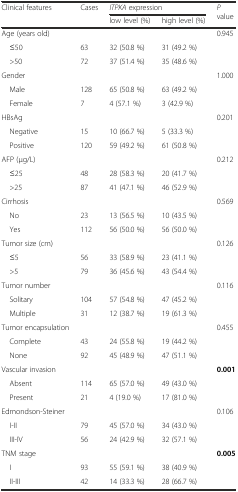
<table><thead><tr><td rowspan="2"><b>Clinical features</b></td><td rowspan="2"><b>Cases</b></td><td colspan="2"><b><i>ITPKA</i> expression</b></td><td rowspan="2"><b><i>P</i> value</b></td></tr><tr><td><b>low level (%)</b></td><td><b>high level (%)</b></td></tr></thead><tbody><tr><td>Age (years old)</td><td></td><td></td><td></td><td>0.945</td></tr><tr><td> ≤50</td><td>63</td><td>32 (50.8 %)</td><td>31 (49.2 %)</td><td></td></tr><tr><td> &gt;50</td><td>72</td><td>37 (51.4 %)</td><td>35 (48.6 %)</td><td></td></tr><tr><td>Gender</td><td></td><td></td><td></td><td>1.000</td></tr><tr><td> Male</td><td>128</td><td>65 (50.8 %)</td><td>63 (49.2 %)</td><td></td></tr><tr><td> Female</td><td>7</td><td>4 (57.1 %)</td><td>3 (42.9 %)</td><td></td></tr><tr><td>HBsAg</td><td></td><td></td><td></td><td>0.201</td></tr><tr><td> Negative</td><td>15</td><td>10 (66.7 %)</td><td>5 (33.3 %)</td><td></td></tr><tr><td> Positive</td><td>120</td><td>59 (49.2 %)</td><td>61 (50.8 %)</td><td></td></tr><tr><td>AFP (μg/L)</td><td></td><td></td><td></td><td>0.212</td></tr><tr><td> ≤25</td><td>48</td><td>28 (58.3 %)</td><td>20 (41.7 %)</td><td></td></tr><tr><td> &gt;25</td><td>87</td><td>41 (47.1 %)</td><td>46 (52.9 %)</td><td></td></tr><tr><td>Cirrhosis</td><td></td><td></td><td></td><td>0.569</td></tr><tr><td> No</td><td>23</td><td>13 (56.5 %)</td><td>10 (43.5 %)</td><td></td></tr><tr><td> Yes</td><td>112</td><td>56 (50.0 %)</td><td>56 (50.0 %)</td><td></td></tr><tr><td>Tumor size (cm)</td><td></td><td></td><td></td><td>0.126</td></tr><tr><td> ≤5</td><td>56</td><td>33 (58.9 %)</td><td>23 (41.1 %)</td><td></td></tr><tr><td> &gt;5</td><td>79</td><td>36 (45.6 %)</td><td>43 (54.4 %)</td><td></td></tr><tr><td>Tumor number</td><td></td><td></td><td></td><td>0.116</td></tr><tr><td> Solitary</td><td>104</td><td>57 (54.8 %)</td><td>47 (45.2 %)</td><td></td></tr><tr><td> Multiple</td><td>31</td><td>12 (38.7 %)</td><td>19 (61.3 %)</td><td></td></tr><tr><td>Tumor encapsulation</td><td></td><td></td><td></td><td>0.455</td></tr><tr><td> Complete</td><td>43</td><td>24 (55.8 %)</td><td>19 (44.2 %)</td><td></td></tr><tr><td> None</td><td>92</td><td>45 (48.9 %)</td><td>47 (51.1 %)</td><td></td></tr><tr><td>Vascular invasion</td><td></td><td></td><td></td><td><b>0.001</b></td></tr><tr><td> Absent</td><td>114</td><td>65 (57.0 %)</td><td>49 (43.0 %)</td><td></td></tr><tr><td> Present</td><td>21</td><td>4 (19.0 %)</td><td>17 (81.0 %)</td><td></td></tr><tr><td>Edmondson-Steiner</td><td></td><td></td><td></td><td>0.106</td></tr><tr><td> I-II</td><td>79</td><td>45 (57.0 %)</td><td>34 (43.0 %)</td><td></td></tr><tr><td> III-IV</td><td>56</td><td>24 (42.9 %)</td><td>32 (57.1 %)</td><td></td></tr><tr><td>TNM stage</td><td></td><td></td><td></td><td><b>0.005</b></td></tr><tr><td> I</td><td>93</td><td>55 (59.1 %)</td><td>38 (40.9 %)</td><td></td></tr><tr><td> II-III</td><td>42</td><td>14 (33.3 %)</td><td>28 (66.7 %)</td><td></td></tr></tbody></table>